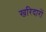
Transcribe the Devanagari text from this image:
खरिदारों